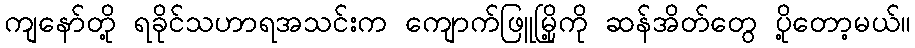
ကျနော်တို့ ရခိုင်သဟာရအသင်းက ကျောက်ဖြူမြို့ကို ဆန်အိတ်တွေ ပို့တော့မယ်။